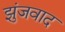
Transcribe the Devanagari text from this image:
झुंजवाद